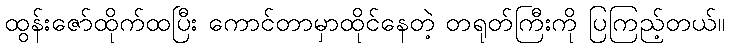
ထွန်းဇော်ထိုက်ထပြီး ကောင်တာမှာထိုင်နေတဲ့ တရုတ်ကြီးကို ပြကြည့်တယ်။